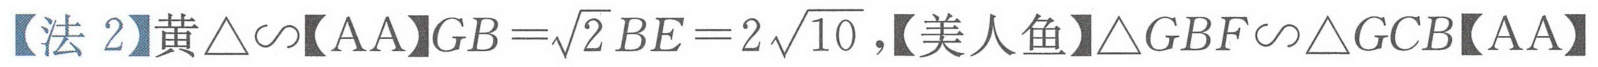
【法2】黄\(\triangle\sim\)【AA】\(GB = \sqrt{2}BE = 2\sqrt{10}\)，【美人鱼】\(\triangle GBF\sim\triangle GCB\)【AA】